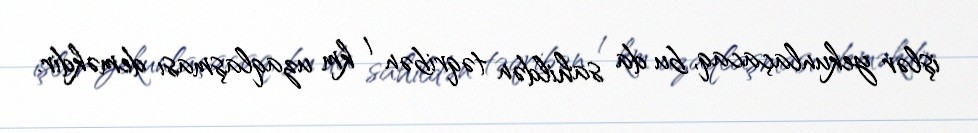
işlər yekunlaçacaq, bu da sahildən təqribən 1 km uzaqlaşması deməkdir.